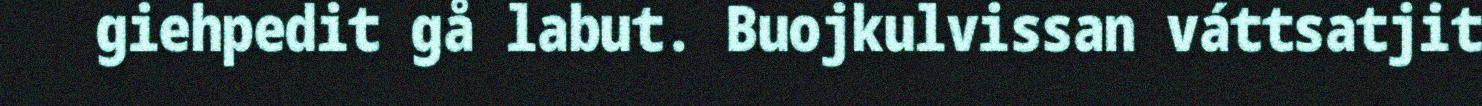
giehpedit gå labut. Buojkulvissan váttsatjit